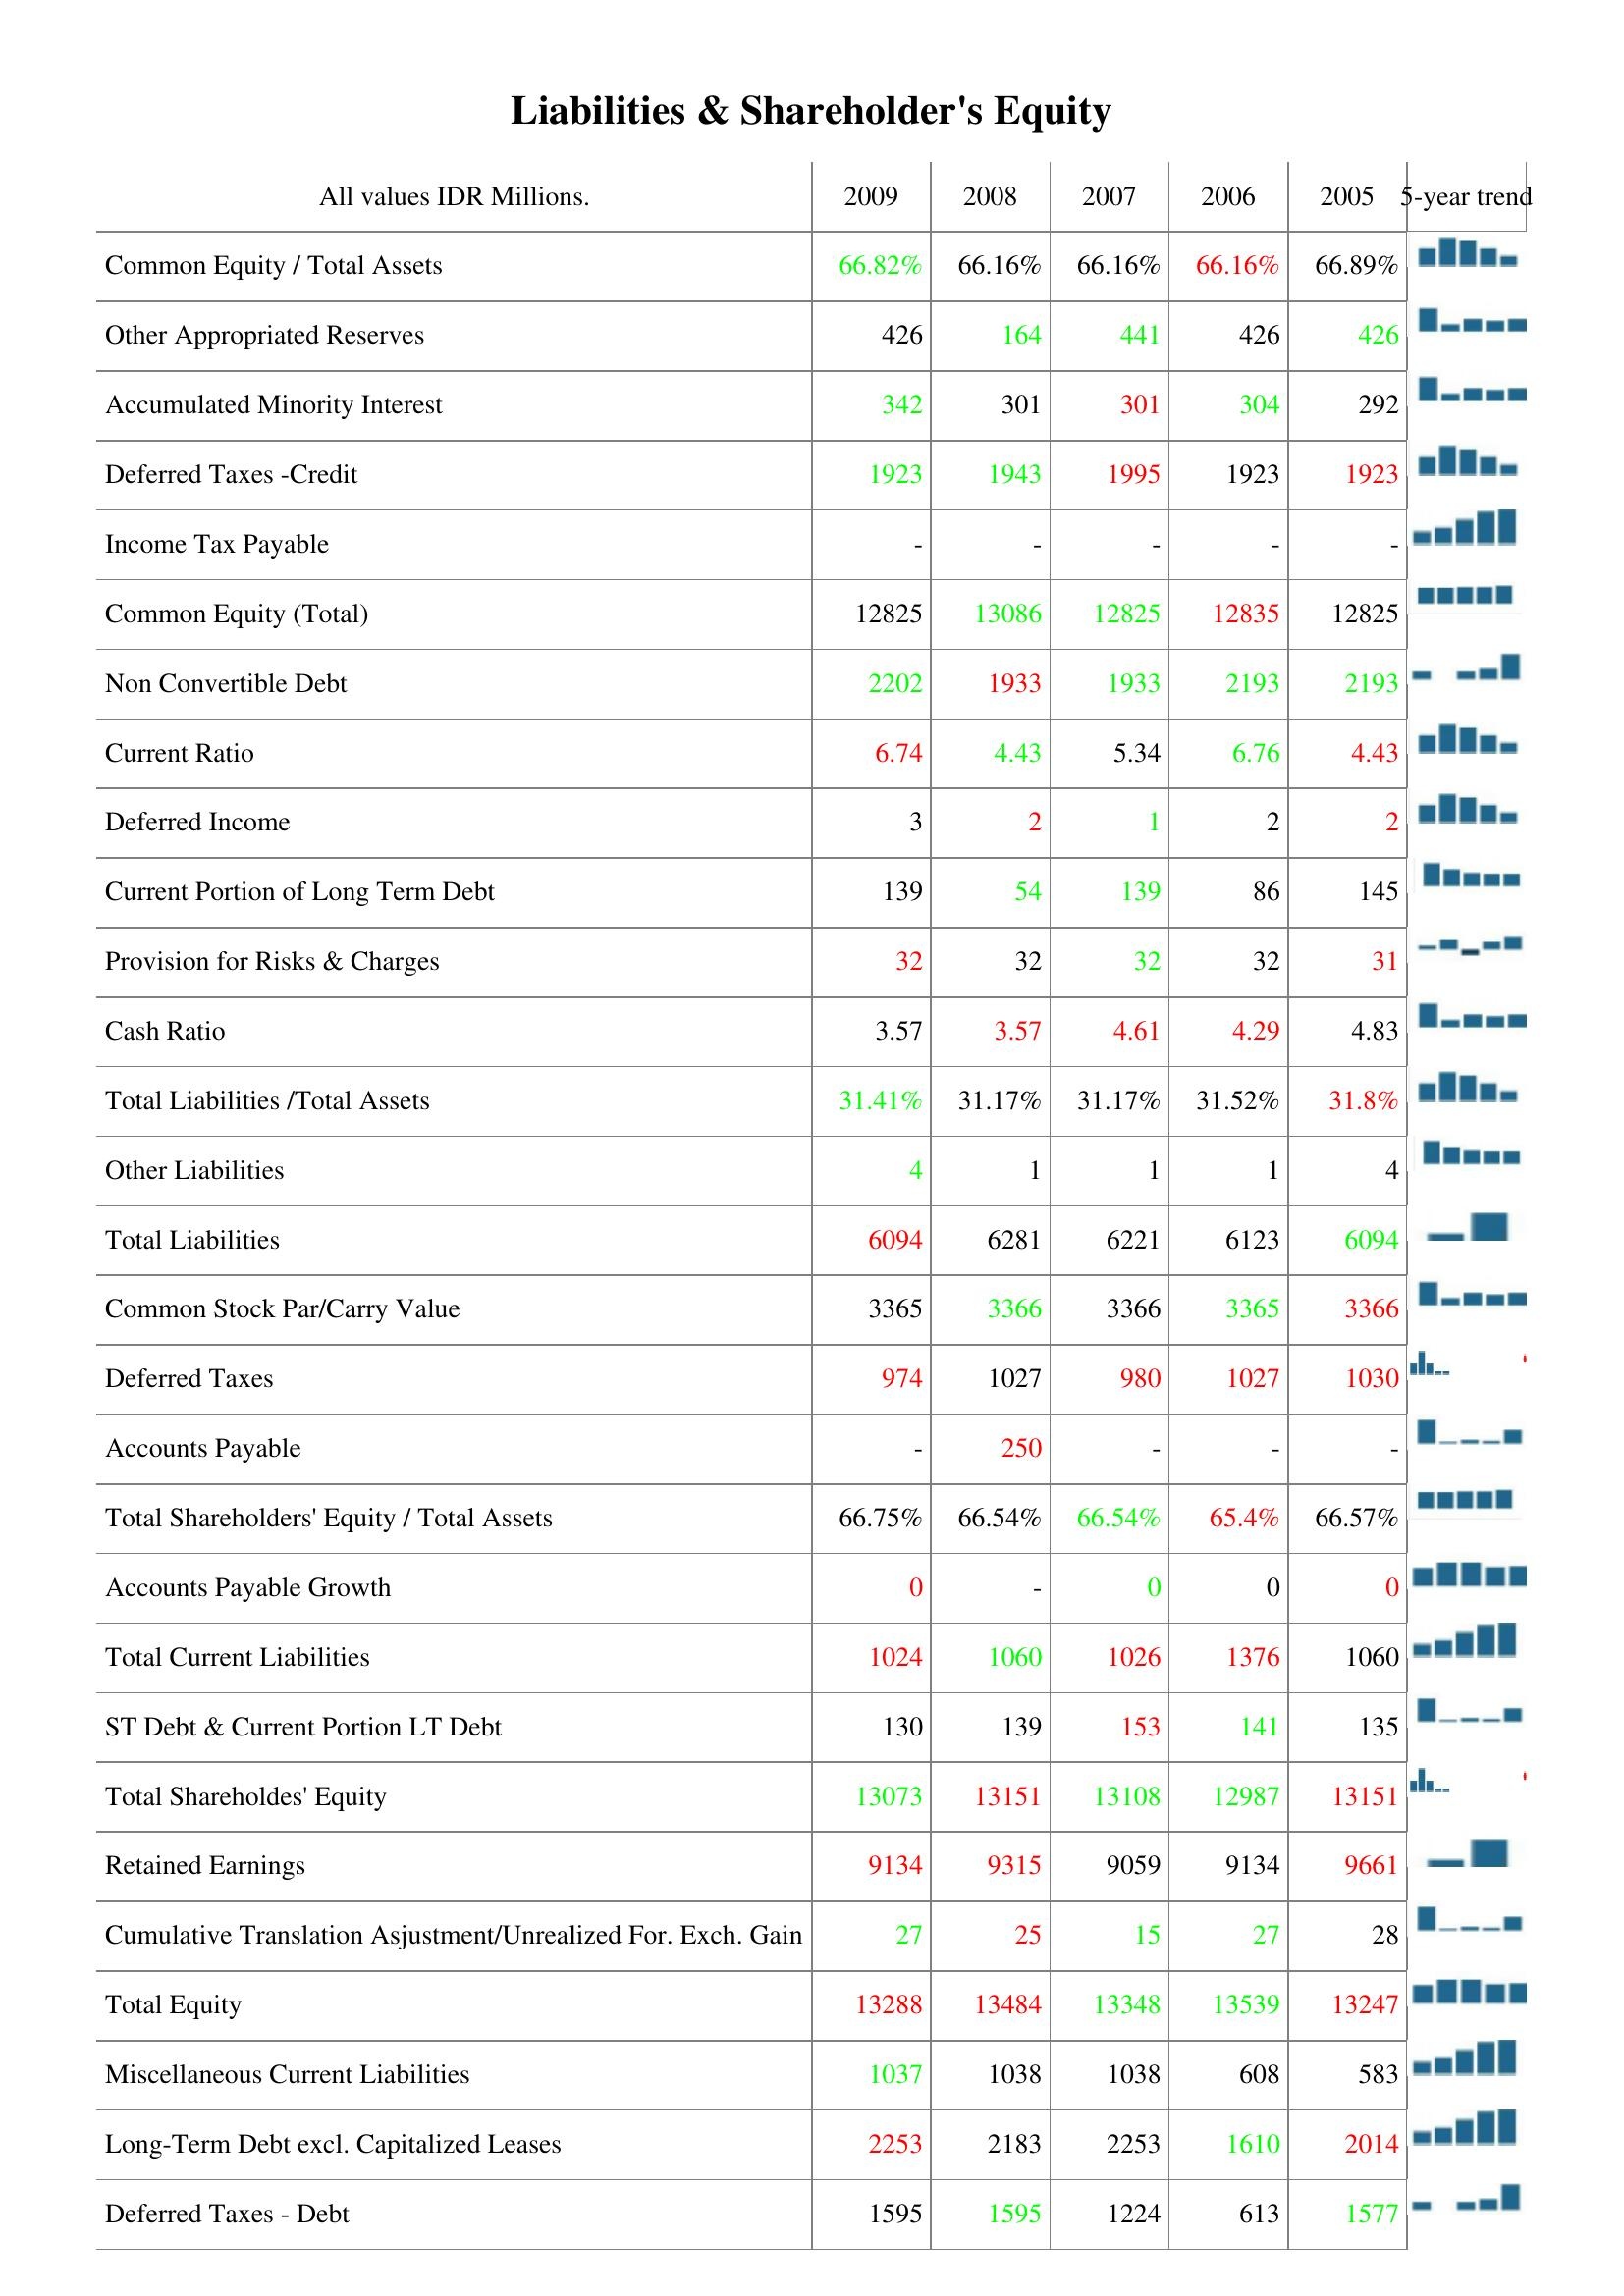
2009: Liabilities & Shareholder's Equity: Common Equity / Total Assets: 66.82%
Other Appropriated Reserves: 426
Accumulated Minority Interest: 342
Deferred Taxes -Credit: 1923
Income Tax Payable: -
Common Equity (Total): 12825
Non Convertible Debt: 2202
Current Ratio: 6.74
Deferred Income: 3
Current Portion of Long Term Debt: 139
Provision for Risks & Charges: 32
Cash Ratio: 3.57
Total Liabilities /Total Assets: 31.41%
Other Liabilities: 4
Total Liabilities: 6094
Common Stock Par/Carry Value: 3365
Deferred Taxes: 974
Accounts Payable: -
Total Shareholders' Equity / Total Assets: 66.75%
Accounts Payable Growth: 0
Total Current Liabilities: 1024
ST Debt & Current Portion LT Debt: 130
Total Shareholdes' Equity: 13073
Retained Earnings: 9134
Cumulative Translation Asjustment/Unrealized For. Exch. Gain: 27
Total Equity: 13288
Miscellaneous Current Liabilities: 1037
Long-Term Debt excl. Capitalized Leases: 2253
Deferred Taxes - Debt: 1595
2008: Liabilities & Shareholder's Equity: Common Equity / Total Assets: 66.16%
Other Appropriated Reserves: 164
Accumulated Minority Interest: 301
Deferred Taxes -Credit: 1943
Income Tax Payable: -
Common Equity (Total): 13086
Non Convertible Debt: 1933
Current Ratio: 4.43
Deferred Income: 2
Current Portion of Long Term Debt: 54
Provision for Risks & Charges: 32
Cash Ratio: 3.57
Total Liabilities /Total Assets: 31.17%
Other Liabilities: 1
Total Liabilities: 6281
Common Stock Par/Carry Value: 3366
Deferred Taxes: 1027
Accounts Payable: 250
Total Shareholders' Equity / Total Assets: 66.54%
Accounts Payable Growth: -
Total Current Liabilities: 1060
ST Debt & Current Portion LT Debt: 139
Total Shareholdes' Equity: 13151
Retained Earnings: 9315
Cumulative Translation Asjustment/Unrealized For. Exch. Gain: 25
Total Equity: 13484
Miscellaneous Current Liabilities: 1038
Long-Term Debt excl. Capitalized Leases: 2183
Deferred Taxes - Debt: 1595
2007: Liabilities & Shareholder's Equity: Common Equity / Total Assets: 66.16%
Other Appropriated Reserves: 441
Accumulated Minority Interest: 301
Deferred Taxes -Credit: 1995
Income Tax Payable: -
Common Equity (Total): 12825
Non Convertible Debt: 1933
Current Ratio: 5.34
Deferred Income: 1
Current Portion of Long Term Debt: 139
Provision for Risks & Charges: 32
Cash Ratio: 4.61
Total Liabilities /Total Assets: 31.17%
Other Liabilities: 1
Total Liabilities: 6221
Common Stock Par/Carry Value: 3366
Deferred Taxes: 980
Accounts Payable: -
Total Shareholders' Equity / Total Assets: 66.54%
Accounts Payable Growth: 0
Total Current Liabilities: 1026
ST Debt & Current Portion LT Debt: 153
Total Shareholdes' Equity: 13108
Retained Earnings: 9059
Cumulative Translation Asjustment/Unrealized For. Exch. Gain: 15
Total Equity: 13348
Miscellaneous Current Liabilities: 1038
Long-Term Debt excl. Capitalized Leases: 2253
Deferred Taxes - Debt: 1224
2006: Liabilities & Shareholder's Equity: Common Equity / Total Assets: 66.16%
Other Appropriated Reserves: 426
Accumulated Minority Interest: 304
Deferred Taxes -Credit: 1923
Income Tax Payable: -
Common Equity (Total): 12835
Non Convertible Debt: 2193
Current Ratio: 6.76
Deferred Income: 2
Current Portion of Long Term Debt: 86
Provision for Risks & Charges: 32
Cash Ratio: 4.29
Total Liabilities /Total Assets: 31.52%
Other Liabilities: 1
Total Liabilities: 6123
Common Stock Par/Carry Value: 3365
Deferred Taxes: 1027
Accounts Payable: -
Total Shareholders' Equity / Total Assets: 65.4%
Accounts Payable Growth: 0
Total Current Liabilities: 1376
ST Debt & Current Portion LT Debt: 141
Total Shareholdes' Equity: 12987
Retained Earnings: 9134
Cumulative Translation Asjustment/Unrealized For. Exch. Gain: 27
Total Equity: 13539
Miscellaneous Current Liabilities: 608
Long-Term Debt excl. Capitalized Leases: 1610
Deferred Taxes - Debt: 613
2005: Liabilities & Shareholder's Equity: Common Equity / Total Assets: 66.89%
Other Appropriated Reserves: 426
Accumulated Minority Interest: 292
Deferred Taxes -Credit: 1923
Income Tax Payable: -
Common Equity (Total): 12825
Non Convertible Debt: 2193
Current Ratio: 4.43
Deferred Income: 2
Current Portion of Long Term Debt: 145
Provision for Risks & Charges: 31
Cash Ratio: 4.83
Total Liabilities /Total Assets: 31.8%
Other Liabilities: 4
Total Liabilities: 6094
Common Stock Par/Carry Value: 3366
Deferred Taxes: 1030
Accounts Payable: -
Total Shareholders' Equity / Total Assets: 66.57%
Accounts Payable Growth: 0
Total Current Liabilities: 1060
ST Debt & Current Portion LT Debt: 135
Total Shareholdes' Equity: 13151
Retained Earnings: 9661
Cumulative Translation Asjustment/Unrealized For. Exch. Gain: 28
Total Equity: 13247
Miscellaneous Current Liabilities: 583
Long-Term Debt excl. Capitalized Leases: 2014
Deferred Taxes - Debt: 1577